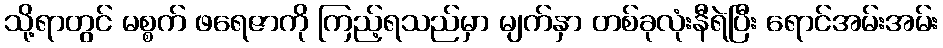
သို့ရာတွင် မစ္စက် ဖရေဇာကို ကြည့်ရသည်မှာ မျက်နှာ တစ်ခုလုံးနီရဲပြီး ရောင်အမ်းအမ်း